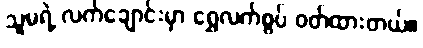
သူမရဲ့ လက်ချောင်းမှာ ရွှေလက်စွပ် ဝတ်ထားတယ်။